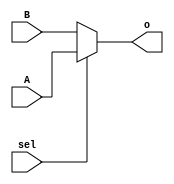
`timescale 1ns / 1ps
//////////////////////////////////////////////////////////////////////////////////
// Company: 
// Engineer: 
// 
// Design Name: 
// Module Name:    mux_2_1 
// Project Name: 
// Target Devices: 
// Tool versions: 
// Description: 
//
// Dependencies: 
//
// Revision: 
// Revision 0.01 - File Created
// Additional Comments: 
//
//////////////////////////////////////////////////////////////////////////////////
//////////////////////////////////////////////////////////////////////////////////
//
// Assignment 6
// Semester no 5
// Group No 51
// Question no 1
// KPSM Surya
// Pavan Sai Chandra
//
//////////////////////////////////////////////////////////////////////////////////
module mux_2_1(
    input sel,
    input A,
    input B,
    output o
    );
	 assign o = (sel)? A: B;

endmodule